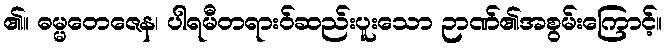
၏။ ဓမ္မတေဇေန၊ ပါရမီတရားဝ်ဆည်းပူးသော ဉာဏ်၏အစွမ်းကြောင့်။